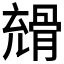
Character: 𩩇